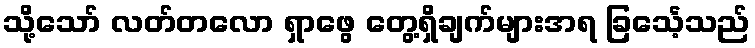
သို့သော် လတ်တလော ရှာဖွေ တွေ့ရှိချက်များအရ ခြင်္သေ့သည်